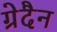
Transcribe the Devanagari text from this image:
ग्रेदैन